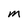
Character: M